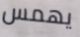
يهمس